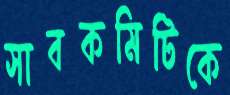
সাবকমিটিকে